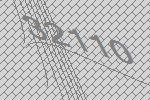
32110